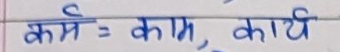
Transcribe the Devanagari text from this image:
कर्म = काम, कार्य